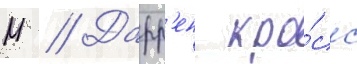
М // Дарр'ен кро́сс